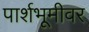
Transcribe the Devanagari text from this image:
पार्शभूमीवर